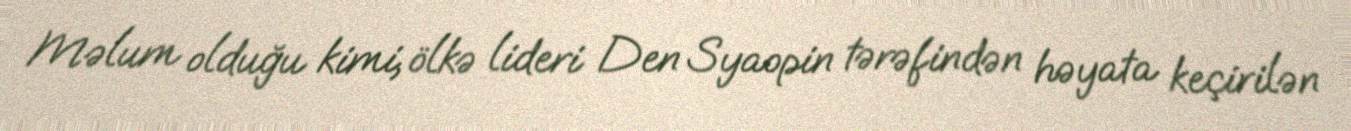
Məlum olduğu kimi, ölkə lideri Den Syaopin tərəfindən həyata keçirilən